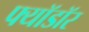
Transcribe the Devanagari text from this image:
फ्यॉडॉर